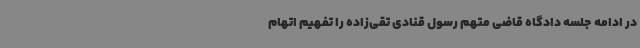
در ادامه جلسه دادگاه قاضی متهم رسول قنادی تقی‌زاده را تفهیم اتهام